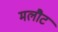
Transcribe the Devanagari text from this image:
मलौट